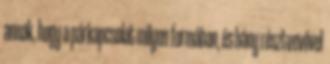
annak, hogy a párkapcsolat milyen formában, és hány résztvevővel